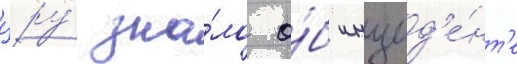
цру́ зна́ло о́б инцид'е́нт'е